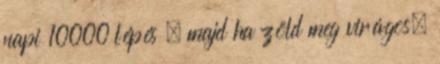
napi 10000 lépés , majd ha zöld meg virágos,